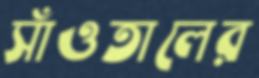
সাঁওতালের